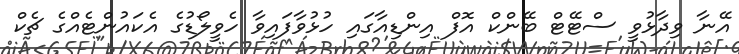
އޭނާ ވިދާޅުވީ ސްޓޭޓް ބޭންކް އޮފް އިންޑިއާގައި ހުޅުވާފައިވާ ހެވީލޯޑުގެ އެކައުންޓެއްގެ ޗެކް